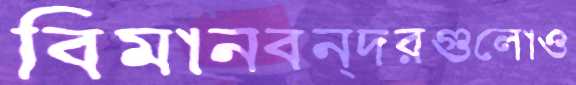
বিমানবন্দরগুলোও